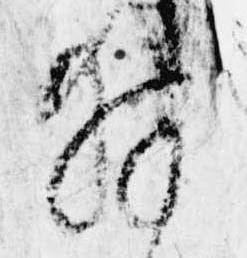
拝